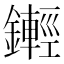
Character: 𨮫